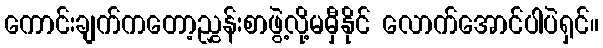
ကောင်းချက်ကတော့ညွှန်းစာဖွဲ့လို့မမှီနိုင် လောက်အောင်ပါပဲရှင်။